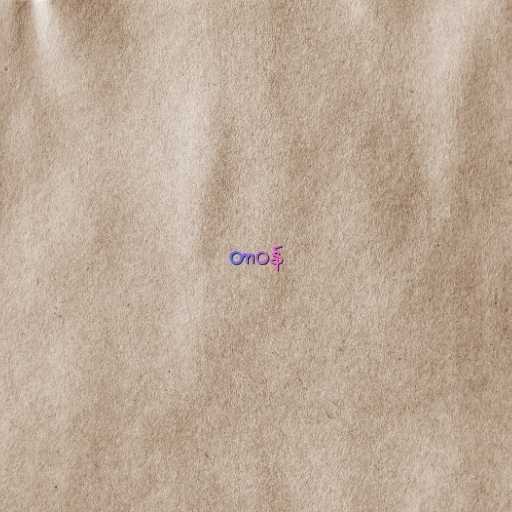
တာဝန်